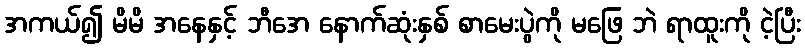
အကယ်၍ မိမိ အနေနှင့် ဘီအေ နောက်ဆုံးနှစ် စာမေးပွဲကို မဖြေ ဘဲ ရာထူးကို ငဲ့ပြီး